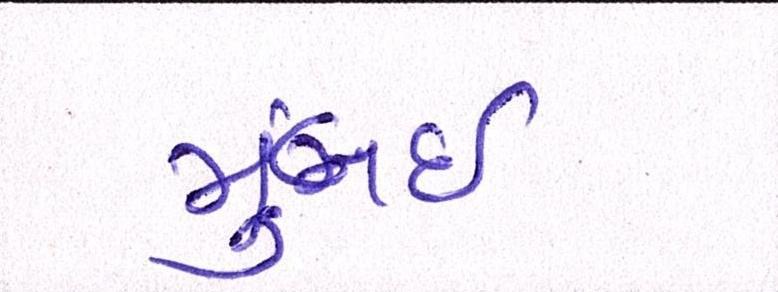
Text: મુંબઈઃ